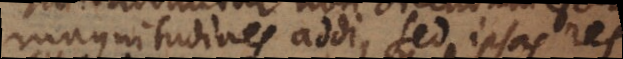
magnitudines addi, sed ipsas res,